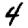
Digit: 4